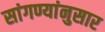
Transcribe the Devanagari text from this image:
सांगण्यांनुसार